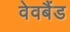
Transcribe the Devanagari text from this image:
वेवबैंड